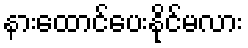
နားထောင်ပေးနိုင်မလား